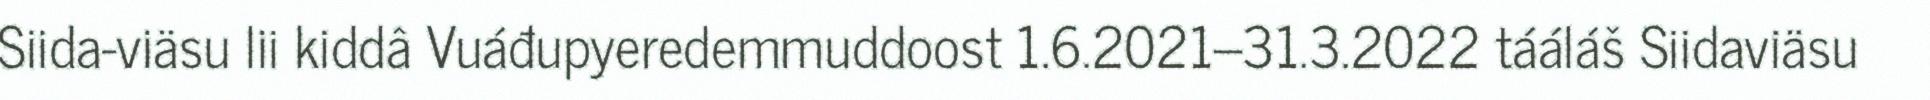
Siida-viäsu lii kiddâ Vuáđupyeredemmuddoost 1.6.2021–31.3.2022 tááláš Siidaviäsu